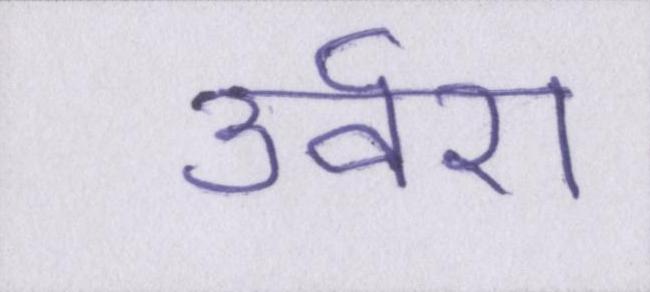
उर्वरा